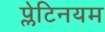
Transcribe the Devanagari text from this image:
प्लेटिनयम